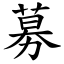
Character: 募